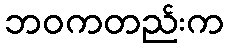
ဘဝကတည်းက